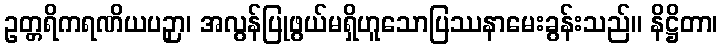
ဥတ္တရိကရဏိယပဉှာ၊ အလွန်ပြုဖွယ်မရှိဟူသောပြဿနာမေးခွန်းသည်။ နိဋ္ဌိတာ၊